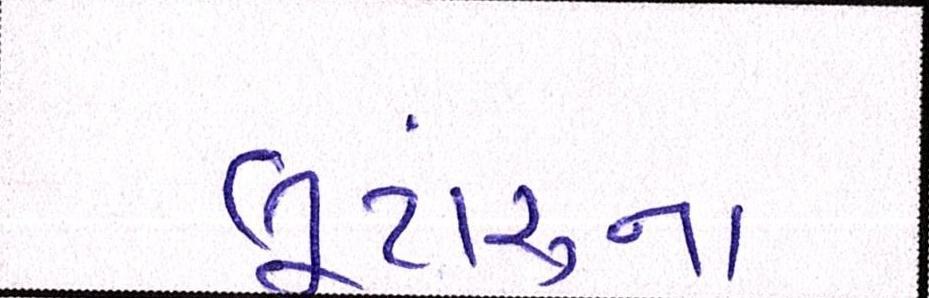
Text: લૂંટારુના